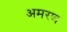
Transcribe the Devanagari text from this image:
अमरण